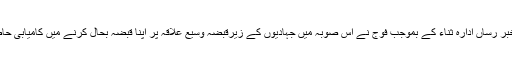
سرکاری خبر رساں ادارہ ثناء کے بموجب فوج نے اس صوبہ میں جہادیوں کے زیرقبضہ وسیع علاقہ پر اپنا قبضہ بحال کرنے میں کامیابی حاصل کرلی ۔